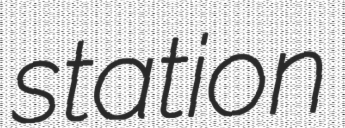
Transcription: station